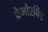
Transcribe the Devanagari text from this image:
प्रेमोरबिड